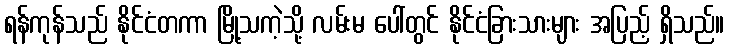
ရန်ကုန်သည် နိုင်ငံတကာ မြို့သကဲ့သို့ လမ်းမ ပေါ်တွင် နိုင်ငံခြားသားများ အပြည့် ရှိသည်။